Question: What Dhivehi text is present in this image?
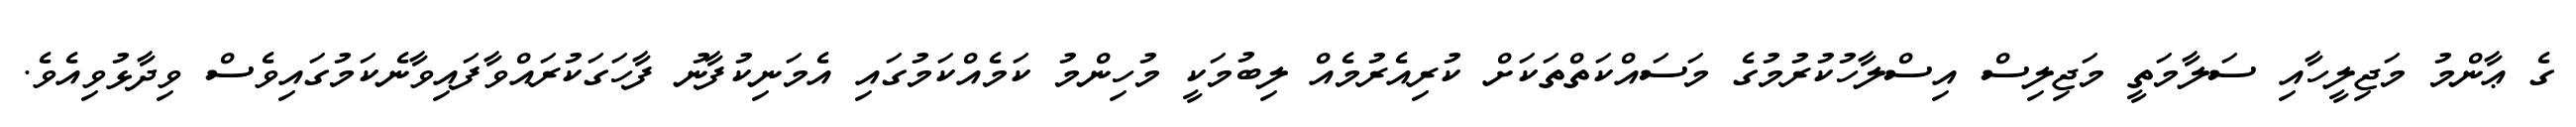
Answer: ގެ ޢާންމު މަޖިލީހާއި ސަލާމަތީ މަޖިލިސް އިސްލާހުކުރުމުގެ މަސައްކަތްތަކަށް ކުރިއެރުމެއް ލިބުމަކީ މުހިންމު ކަމެއްކަމުގައި އެމަނިކުފާނު ފާހަގަކުރައްވާފައިވާނެކަމުގައިވެސް ވިދާޅުވިއެވެ.